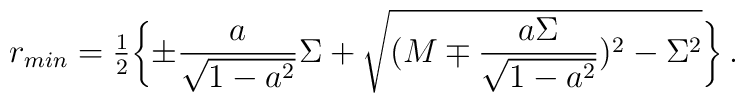
r_{min} ={\textstyle \frac{1}{2}}\biggl \{ \pm \frac{a}{\sqrt{1 -a^{2}}}\Sigma+\sqrt{(M \mp\frac{a \Sigma}{\sqrt{1-a^{2}}})^{2}-\Sigma^{2}} \biggr \} \, .